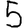
Digit: 5